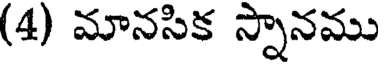
(4) మానసిక స్నానము